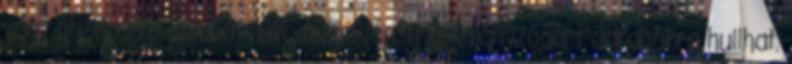
vagy gazdasági bomba működésbe lép, a kormányzópárt darabokra hullhat.